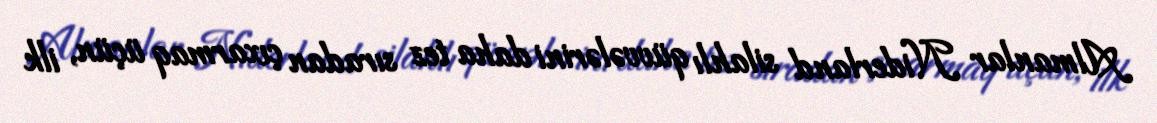
Almanlar Niderland silahlı qüvvələrini daha tez sıradan çıxarmaq üçün, ilk